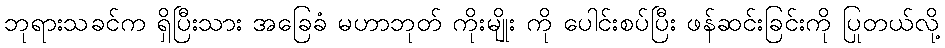
ဘုရားသခင်က ရှိပြီးသား အခြေခံ မဟာဘုတ် ကိုးမျိုး ကို ပေါင်းစပ်ပြီး ဖန်ဆင်းခြင်းကို ပြုတယ်လို့